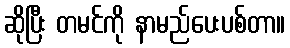
ဆိုပြီး တမင်ကို နာမည်ပေးပစ်တာ။